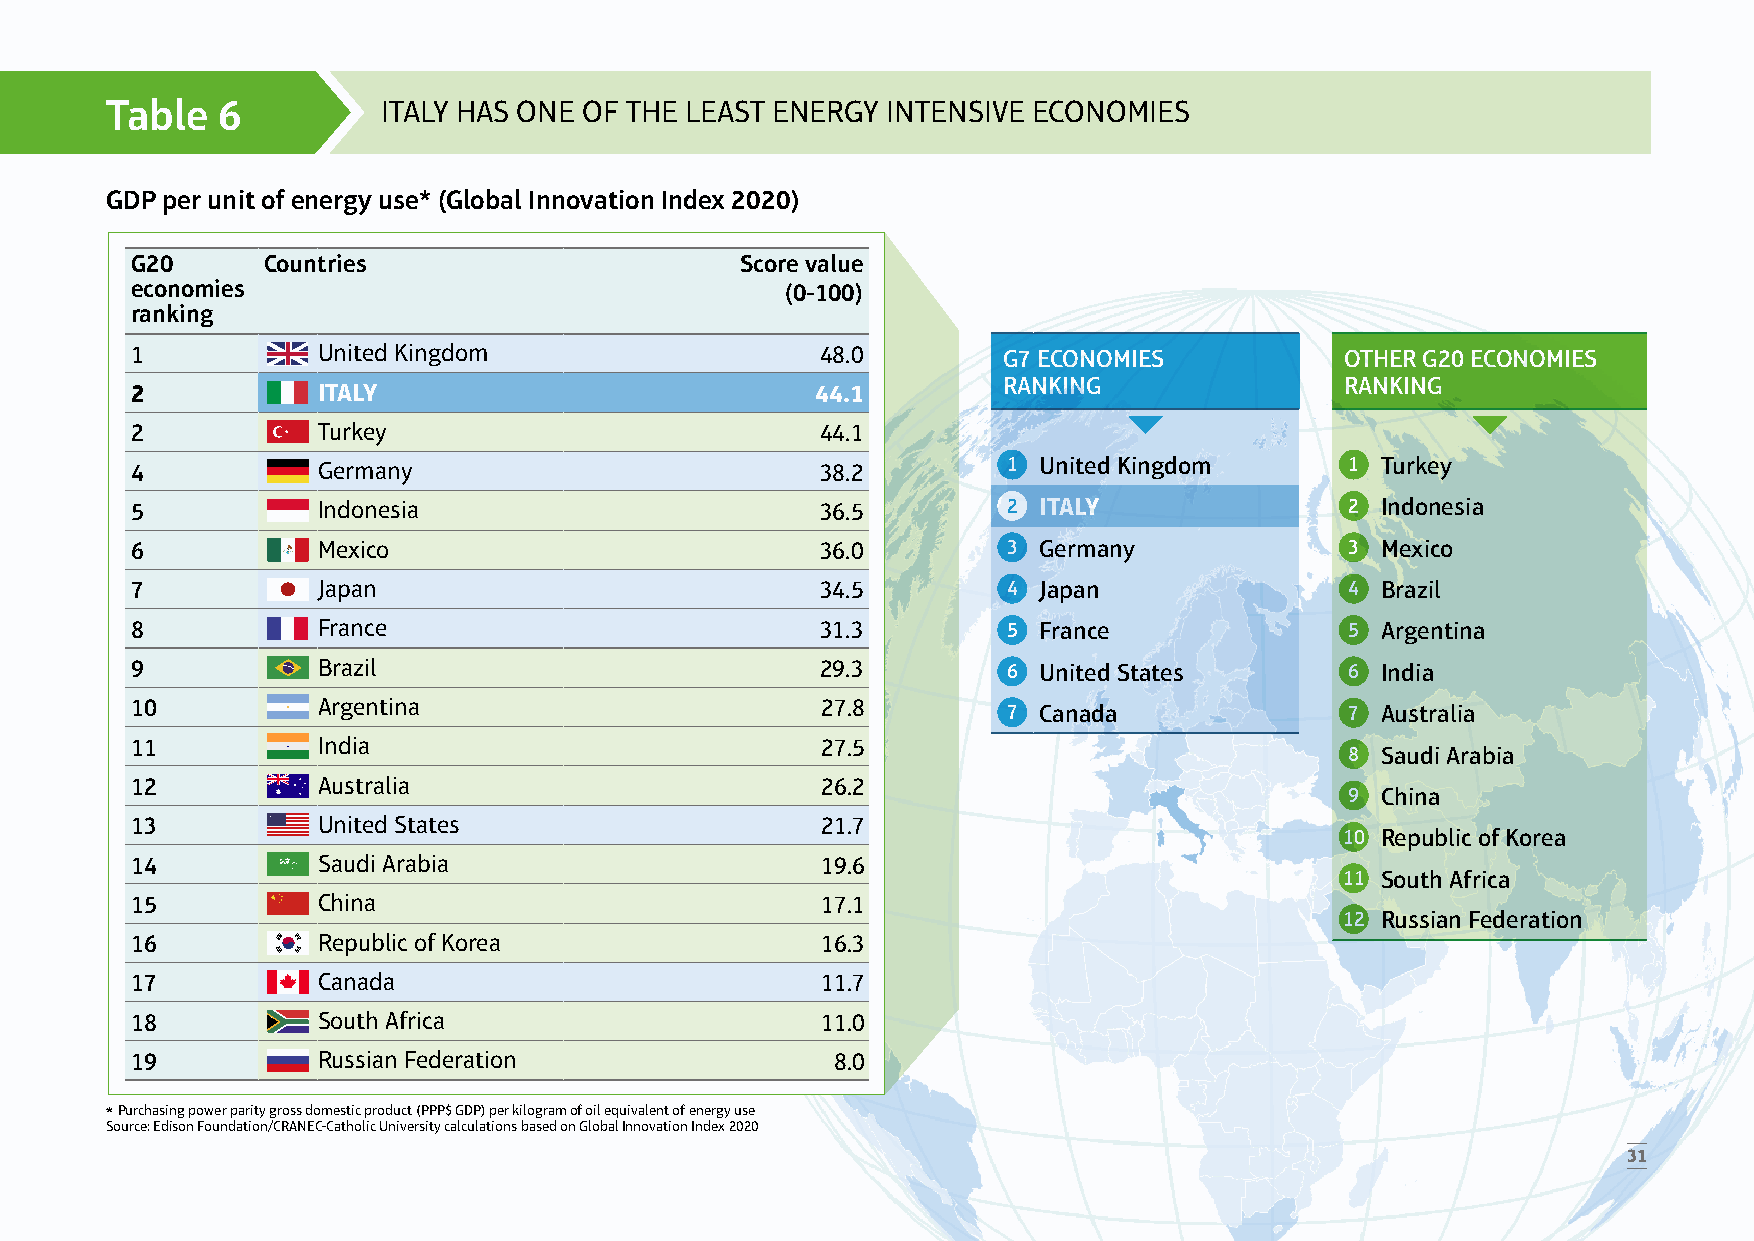
Table  6          ITALY HAS ONE OF THE LEAST ENERGY INTENSIVE ECONOMIES
 GDP per unit of energy use* (Global Innovation Index 2020)
 G20     Countries                       Score value
 economies                                  (0-100)
 ranking
 1           United Kingdom                   48.0        G7 ECONOMIES           OTHER G20 ECONOMIES
 RANKING                RANKING
 2           ITALY                            44.1
 2           Turkey                           44.1
 4           Germany                          38.2         1 United Kingdom      1 Turkey
 5           Indonesia                        36.5         2 ITALY               2 Indonesia
 6           Mexico                           36.0         3 Germany             3 Mexico
 7           Japan                            34.5         4 Japan               4 Brazil
 8           France                           31.3         5 France              5 Argentina
 9           Brazil                           29.3         6 United States       6 India
 10          Argentina                        27.8         7 Canada              7 Australia
 11          India                            27.5
 8 Saudi Arabia
 12          Australia                        26.2
 9 China
 13          United States                    21.7
 10 Republic of Korea
 14          Saudi Arabia                     19.6
 11 South Africa
 15          China                            17.1
 12 Russian Federation
 16          Republic of Korea                16.3
 17          Canada                           11.7
 18          South Africa                     11.0
 19          Russian Federation                8.0
 * Purchasing power parity gross domestic product (PPP$ GDP) per kilogram of oil equivalent of energy use
 Source: Edison Foundation/CRANEC-Catholic University calculations based on Global Innovation Index 2020
 31